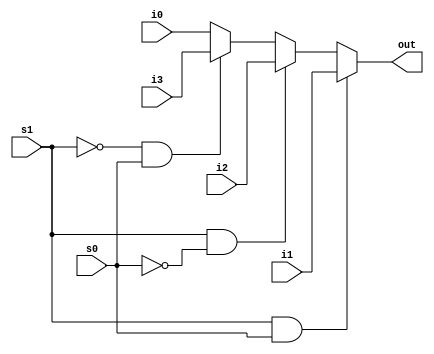
module mult4_to_1_32(out,i3,i2,i1,i0,s1,s0);
output [31:0] out;
input [31:0]i0,i1,i2,i3;
input wire s0,s1;
/*
i0=satandart +4
i1=jump
i2=adress
i3=brench
*/
assign out = (s1&s0) ? i1:((s1&(~s0)) ? i2:(((~s1&s0)) ? i3:i0));
/*always @(s1 or s0)
begin

	if(s1&s0)
		assign out = i1;
	else if(s1&(~s0))	
		assign out = i2;
	else if((~s1&s0))
		assign out = i3;
	else
		assign out = i0;
	

end*/
endmodule